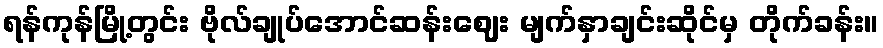
ရန်ကုန်မြို့တွင်း ဗိုလ်ချုပ်အောင်ဆန်းဈေး မျက်နှာချင်းဆိုင်မှ တိုက်ခန်း။